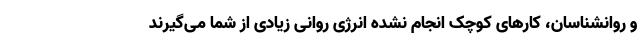
و روانشناسان، کارهای کوچک انجام نشده انرژی روانی زیادی از شما می‌گیرند